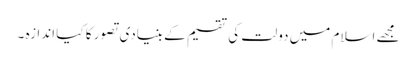
مجھے اسلام میں دولت کی تقسیم کے بنیادی تصور کا کیا اندازہ ۔